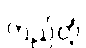
တည်တံ့